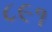
૮૯૧